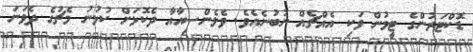
ޑޮކްޓަރުންގެ ޓީމުން ވަކި އެއްޗެއް ނުބުނެއެވެ. ވެލެންސިއާއާ ދެކޮޅަށް ކުޅުނު މެޗުގެ ދެވަނަ